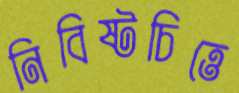
নিবিষ্টচিত্তে